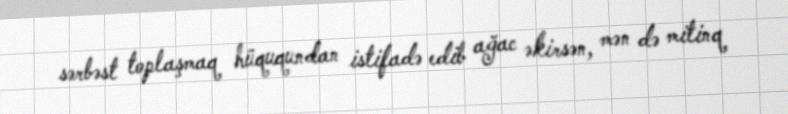
sərbəst toplaşmaq hüququndan istifadə edib ağac əkirsən, mən də mitinq